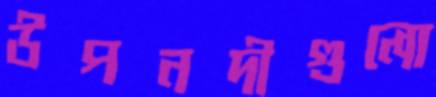
উপনদীগুলো